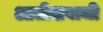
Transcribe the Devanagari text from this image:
आतीशबाजी